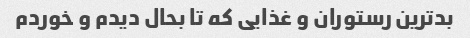
بدترین رستوران و غذایی که تا بحال دیدم و خوردم